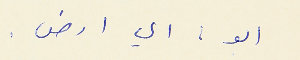
ابو : اي ارض .